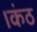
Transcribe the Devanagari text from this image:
।कंठ